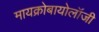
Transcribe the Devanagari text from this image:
मायक्रोबायोलॉजी